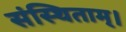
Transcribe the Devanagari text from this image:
संस्थिताम्‌।